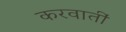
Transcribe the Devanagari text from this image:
करवातीं